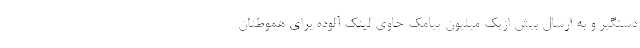
دستگیر و به ارسال بیش ازیک میلیون پیامک حاوی لینک آلوده برای هموطنان